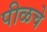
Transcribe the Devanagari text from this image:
पीळचे